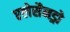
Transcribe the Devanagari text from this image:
एलेसैनड्रो